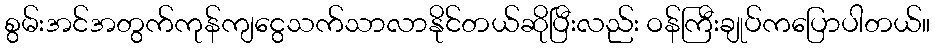
စွမ်းအင်အတွက်ကုန်ကျငွေသက်သာလာနိုင်တယ်ဆိုပြီးလည်း ဝန်ကြီးချုပ်ကပြောပါတယ်။